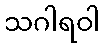
သဂါရဝါ